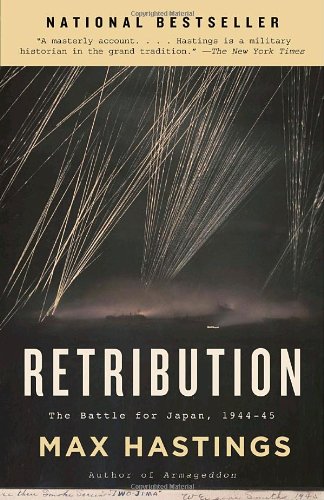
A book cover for Retribution: The Battle for Japan, 1944-45; Max Hastings; History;